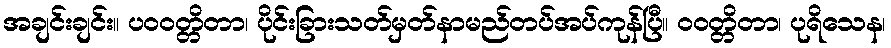
အချင်းချင်း။ ပဝဝတ္တိတာ၊ ပိုင်းခြားသတ်မှတ်နာမည်တပ်အပ်ကုန်ပြီ။ ဝဝတ္တိတာ၊ ပုရိသေန၊